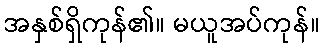
အနှစ်ရှိကုန်၏။ မယူအပ်ကုန်။